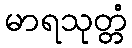
မာရသုတ္တံ